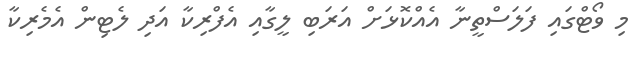
މި ވޯޓްގައި ފަލަސްތީނާ އެއްކޮޅަށް އަރަބި ލީގާއި އެފްރިކާ އަދި ލެޓިން އެމެރިކާ